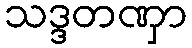
သဒ္ဒတဏှာ